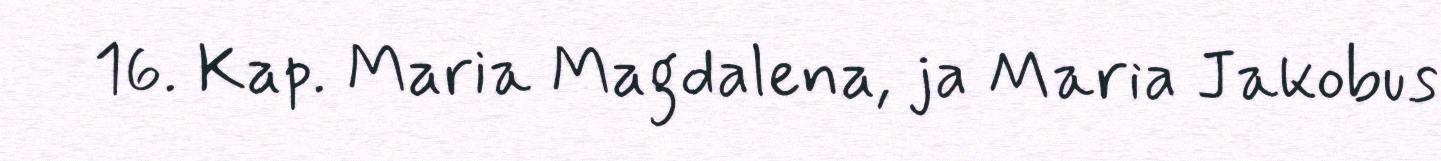
16. Kap. Maria Magdalena, ja Maria Jakobus